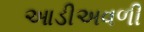
આડીઅવળી